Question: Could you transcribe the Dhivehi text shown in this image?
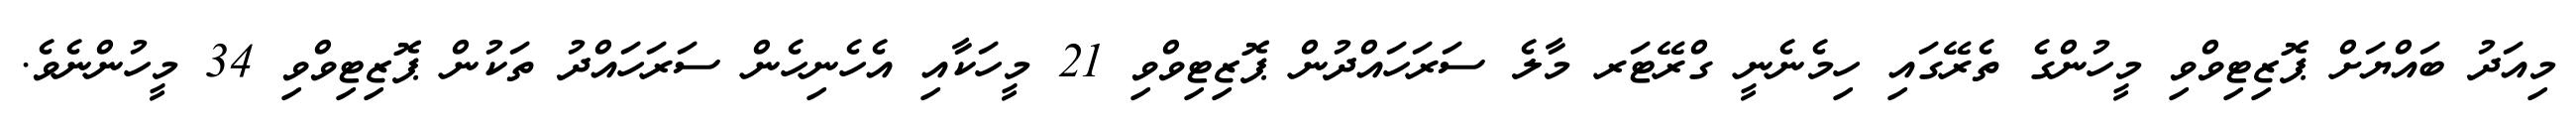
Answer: މިއަދު ބައްޔަށް ޕޮޒިޓިވްވި މީހުންގެ ތެރޭގައި ހިމެނެނީ ގްރޭޓަރ މާލެ ސަރަހައްދުން ޕޮޒިޓިވްވި 21 މީހަކާއި އެހެނިހެން ސަރަހައްދު ތަކުން ޕޮޒިޓިވްވި 34 މީހުންނެވެ.